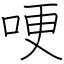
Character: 哽